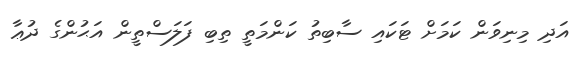
އަދި މިނިވަން ކަމަށް ޓަކައި ސާބިތު ކަންމަތީ ތިބި ފަލަސްތީން އަޙުންގެ ދުޢާ